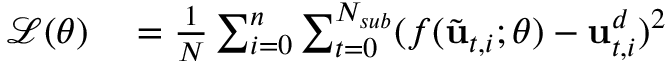
\begin{array} { r l } { \mathcal { L } ( \boldsymbol { \theta } ) } & { { } = \frac { 1 } { N } \sum _ { i = 0 } ^ { n } \sum _ { t = 0 } ^ { N _ { s u b } } ( f ( \Tilde { \mathbf { u } } _ { t , i } ; \boldsymbol { \theta } ) - \mathbf { u } _ { t , i } ^ { d } ) ^ { 2 } } \end{array}